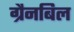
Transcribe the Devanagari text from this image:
ग्रैनबिल